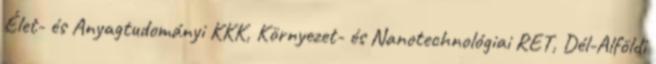
Élet- és Anyagtudományi KKK, Környezet- és Nanotechnológiai RET, Dél-Alföldi